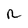
Character: n